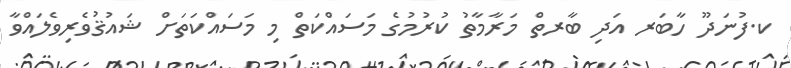
ކ.ފުނަދޫ ހާބަރ އަދި ބާރތް މަރާމާތު ކުރުމުގެ މަސައްކަތް މި މަސައްކަތަށް ޝައުޤުވެރިވެލައްވާ